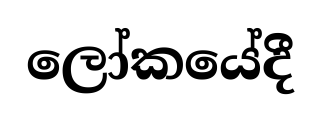
ලෝකයේදී